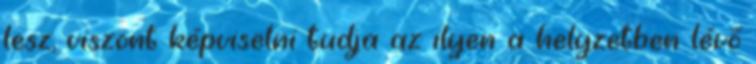
lesz, viszont képviselni tudja az ilyen a helyzetben lévő